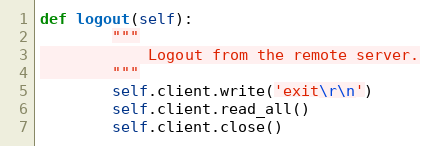
Language: Python
def logout(self):
        """
            Logout from the remote server.
        """
        self.client.write('exit\r\n')
        self.client.read_all()
        self.client.close()